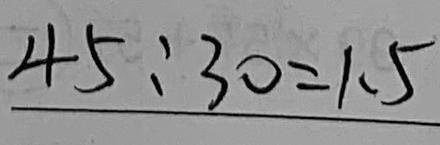
4 5 : 3 0 = 1 . 5